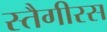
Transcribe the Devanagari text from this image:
स्तैगीरस